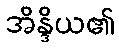
အိန္ဒိယ၏